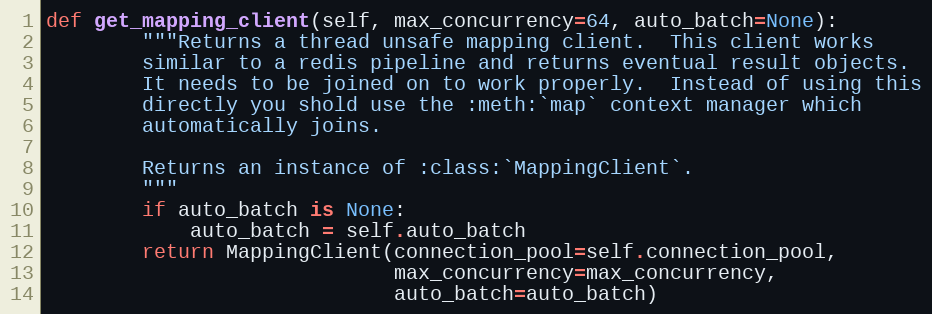
Language: Python
def get_mapping_client(self, max_concurrency=64, auto_batch=None):
        """Returns a thread unsafe mapping client.  This client works
        similar to a redis pipeline and returns eventual result objects.
        It needs to be joined on to work properly.  Instead of using this
        directly you shold use the :meth:`map` context manager which
        automatically joins.

        Returns an instance of :class:`MappingClient`.
        """
        if auto_batch is None:
            auto_batch = self.auto_batch
        return MappingClient(connection_pool=self.connection_pool,
                             max_concurrency=max_concurrency,
                             auto_batch=auto_batch)